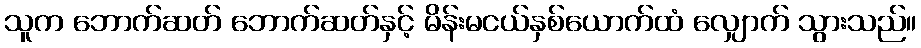
သူက ဘောက်ဆတ် ဘောက်ဆတ်နှင့် မိန်းမငယ်နှစ်ယောက်ထံ လျှောက် သွားသည်။